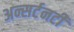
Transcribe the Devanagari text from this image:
अन्सर्टनटी